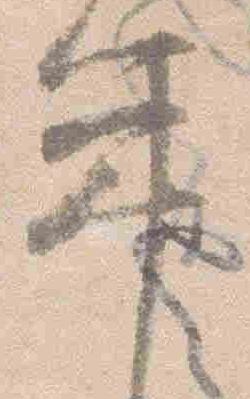
年